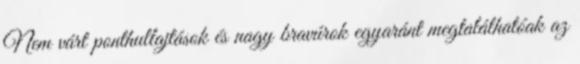
Nem várt ponthullajtások és nagy bravúrok egyaránt megtalálhatóak az